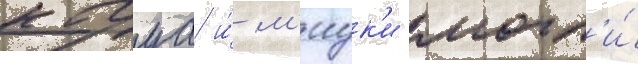
кагуа и́ м'иук'и могл'и́